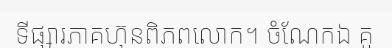
ទីផ្សារភាគហ៊ុនពិភពលោក។ ចំណែកឯ គូ